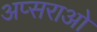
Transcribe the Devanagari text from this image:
अप्सराओ